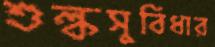
শুল্কসুবিধার